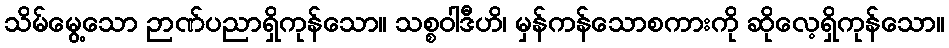
သိမ်မွေ့သော ဉာဏ်ပညာရှိကုန်သော။ သစ္စဝါဒီဟိ၊ မှန်ကန်သောစကားကို ဆိုလေ့ရှိကုန်သော။